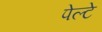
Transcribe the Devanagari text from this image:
पेल्टे